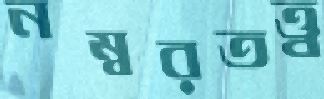
নম্বরতত্ত্ব